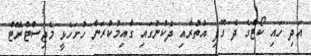
އަދި ހައި ކޯޓްގެ ދެ ގޮފި އުތުރާއި ދެކުނުގައި ގާއިމުކުރަން ހުށަހެޅީ މެޖިސްޓްރޭޓް